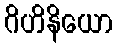
ဂိဟိနိယော